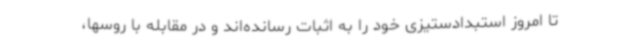
تا امروز استبدادستیزی خود را به اثبات رسانده‌اند و در مقابله با روسها،